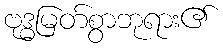
ဗုဒ္ဓမြတ်စွာဘုရား၏